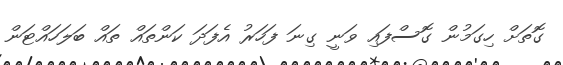
ގޮތަށް ހިގަމުން ގޮސްފައި ވަނީ ގިނަ ފަހަރު އެފަދަ ކަންތައް ތައް ބަލަހައްޓަން